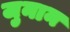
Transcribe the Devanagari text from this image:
जुनान